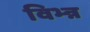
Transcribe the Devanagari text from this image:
विभ्न्न